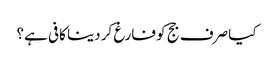
کیا صرف جج کو فارغ کر دینا کافی ہے؟